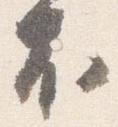
不